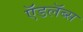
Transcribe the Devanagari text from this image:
ऍडलॅब्स